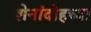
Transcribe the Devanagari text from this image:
शेनांदोहच्या